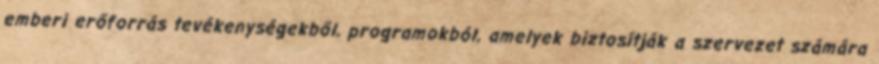
emberi erőforrás tevékenységekből, programokból, amelyek biztosítják a szervezet számára